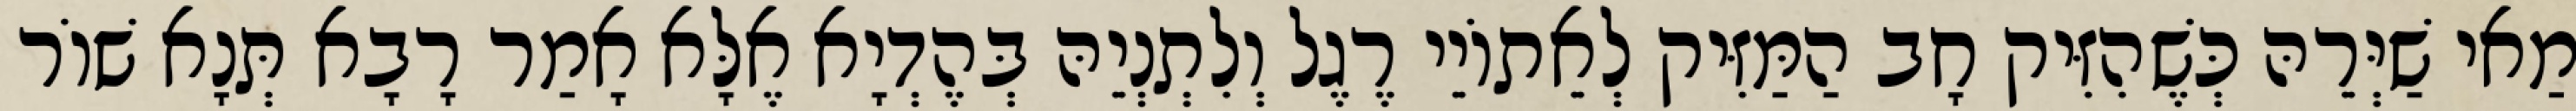
מַאי שַׁיְּרֵהּ כְּשֶׁהִזִּיק חָב הַמַּזִּיק לְאֵתוֹיֵי רֶגֶל וְלִתְנְיֵהּ בְּהֶדְיָא אֶלָּא אָמַר רָבָא תְּנָא שׁוֹר